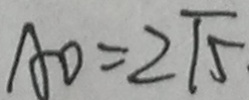
A D = 2 \sqrt { 5 }